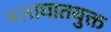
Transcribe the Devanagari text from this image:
बलाघातयुक्त